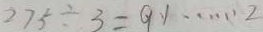
2 7 5 \div 3 = 9 1 \cdots 2